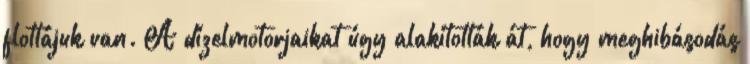
flottájuk van. A dízelmotorjaikat úgy alakították át, hogy meghibásodás